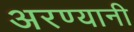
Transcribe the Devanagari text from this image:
अरण्यानी